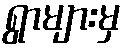
ရွာများမှ